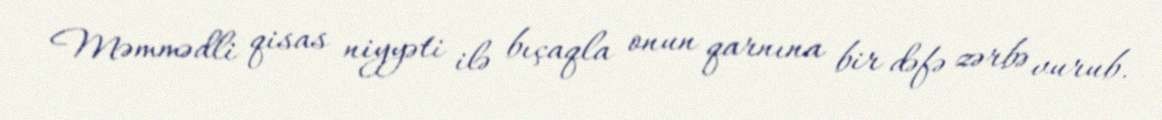
Məmmədli qisas niyyəti ilə bıçaqla onun qarnına bir dəfə zərbə vurub.